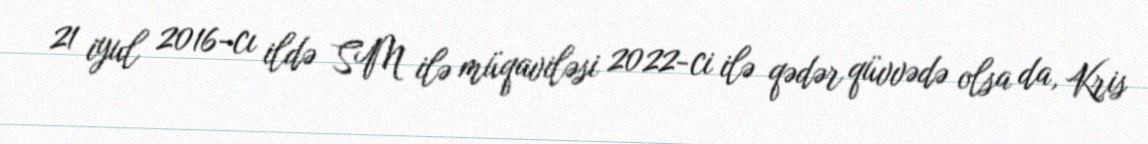
21 iyul 2016-cı ildə SM ilə müqaviləsi 2022-ci ilə qədər qüvvədə olsa da, Kris